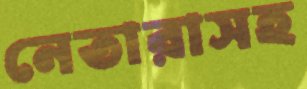
নেতারাসহ